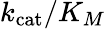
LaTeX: k_{\mathrm{cat}}/K_{M}